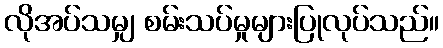
လိုအပ်သမျှ စမ်းသပ်မှုများပြုလုပ်သည်။